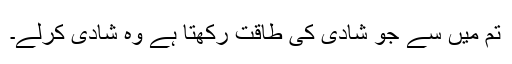
تم میں سے جو شادی کی طاقت رکھتا ہے وہ شادی کرلے۔